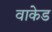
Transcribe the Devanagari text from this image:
वाकेड